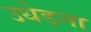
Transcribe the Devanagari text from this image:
उधेड़ना